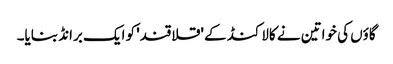
گاؤں کی خواتین نے کالاکنڈ کے 'قلاقند' کو ایک برانڈ بنایا۔